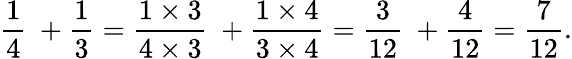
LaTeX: {\frac{1}{4}}\ +{\frac{1}{3}}={\frac{1\times 3}{4\times 3}}\ +{\frac{1\times 4}{3\times 4}}={\frac{3}{12}}\ +{\frac{4}{12}}={\frac{7}{12}}.